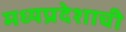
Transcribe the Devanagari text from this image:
मध्‍यप्रदेशाची